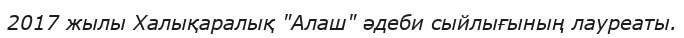
2017 жылы Халықаралық "Алаш" əдеби сыйлығының лауреаты.